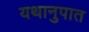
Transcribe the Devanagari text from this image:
यथानुपात